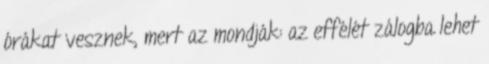
órákat vesznek, mert az mondják: az effélét zálogba lehet